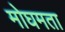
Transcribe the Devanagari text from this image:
मोघमता